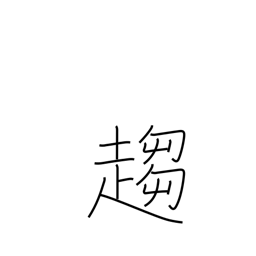
Meaning: tend towards